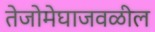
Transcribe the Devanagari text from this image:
तेजोमेघाजवळील